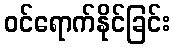
ဝင်ရောက်နိုင်ခြင်း